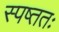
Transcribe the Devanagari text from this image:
स्पष्ततः